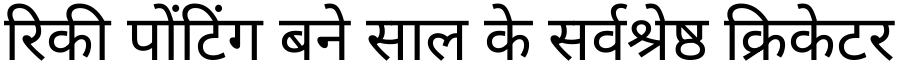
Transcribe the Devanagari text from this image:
रिकी पोंटिंग बने साल के सर्वश्रेष्ठ क्रिकेटर